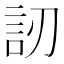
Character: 訒